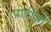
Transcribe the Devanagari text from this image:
प्रोटीज़ों